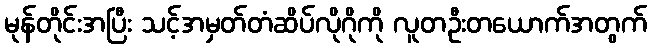
မုန်တိုင်းအပြီး သင့်အမှတ်တံဆိပ်လိုဂိုကို လူတဦးတယောက်အတွက်